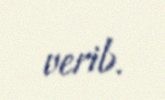
verib.